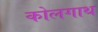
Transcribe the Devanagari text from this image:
कोलगाथ